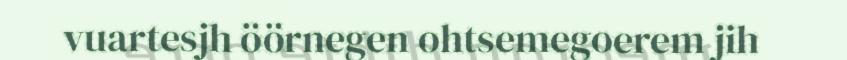
vuartesjh öörnegen ohtsemegoerem jih